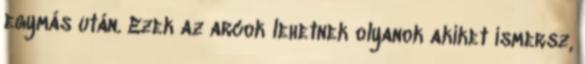
egymás után. Ezek az arcok lehetnek olyanok akiket ismersz,